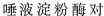
唾液淀粉酶对